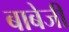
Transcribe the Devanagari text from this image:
बाबेजी